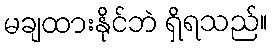
မချထားနိုင်ဘဲ ရှိရသည်။